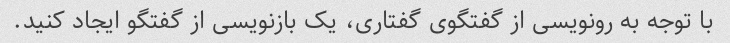
با توجه به رونویسی از گفتگوی گفتاری، یک بازنویسی از گفتگو ایجاد کنید.